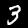
Label: 3